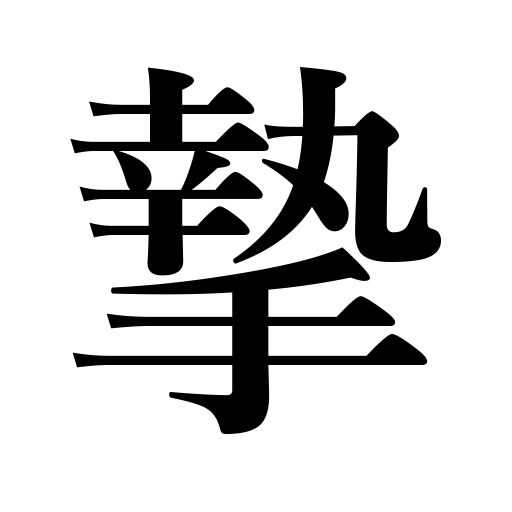
Meanings: gift,seriousness